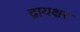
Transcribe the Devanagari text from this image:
द्वायक्षर